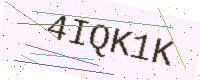
Text: 4IQK1K